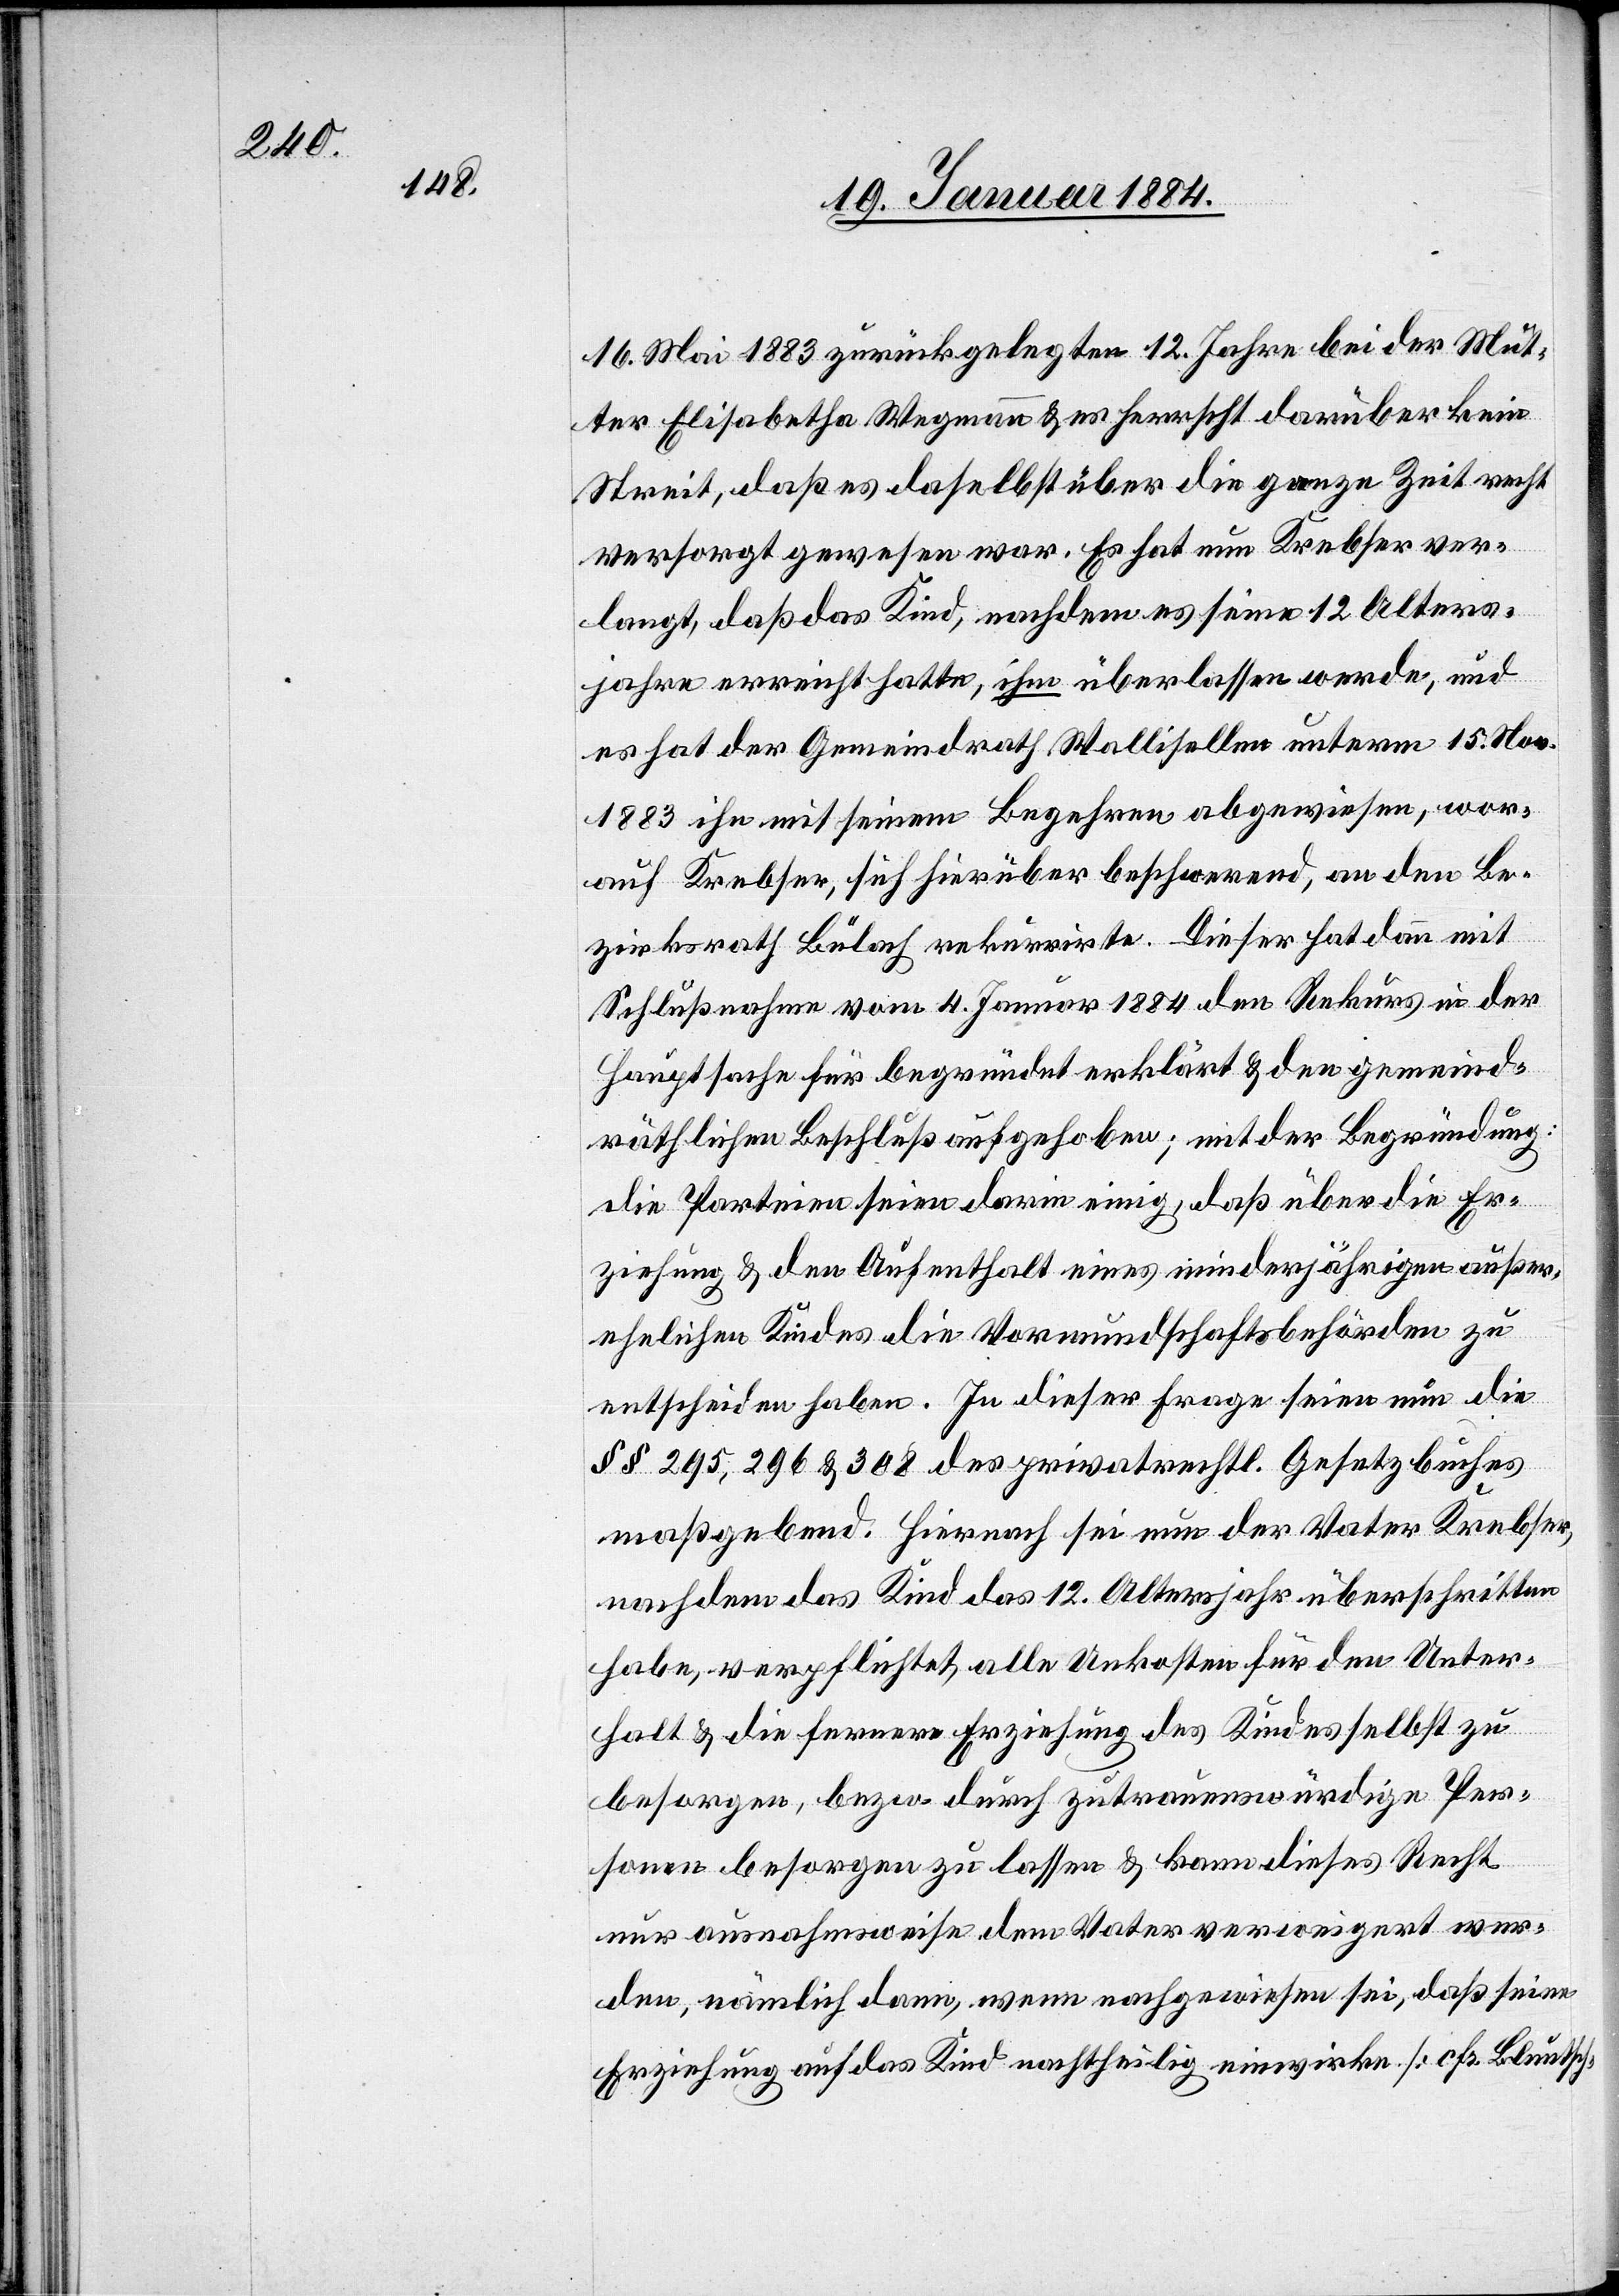
16. Mai 1883 zurückgelegten 12. Jahre bei der Mut¬
ter Elisabetha Wegmann & es herrscht darüber kein
Streit, daß es daselbst über die ganze Zeit recht
versorgt gewesen war. Es hat nun Krebser ver¬
langt, daß das Kind, nachdem es seine 12 Alters¬
jahre erreicht hatte, ihm überlassen werde, und
es hat der Gemeindrath Wallisellen unterm 15. Nov.
1883 ihn mit seinem Begehren abgewiesen, wor¬
auf Krebser, sich hierüber beschwerend, an den Be¬
zirksrath Bülach rekurrirte. Dieser hat dann mit
Schlußnahme vom 4. Januar 1884 den Rekurs in der
Hauptsache für begründet erklärt & den gemeind¬
räthlichen Beschluß aufgehoben mit der Begründung:
Die Parteien seien darin einig, daß über die Er¬
ziehung & den Aufenthalt eines minderjährigen außer¬
ehelichen Kindes die Vormundschaftsbehörde zu
entscheiden habe. In dieser Frage seien nun die
§§ 295, 296, & 308 des privatrechtl. Gesetzbuches
maßgebend. Hiernach sei nun der Vater Krebser
nachdem das Kind das 12. Altersjahr überschritten
habe, verpflichtet, alle Unkosten für den Unter¬
halt & die fernere Erziehung des Kindes selbst zu
versorgen, bzw. durch zutrauenswürdige Per¬
sonen versorgen zu lassen & kann dieses Recht
nur ausnahmsweise dem Vater verweigert wer¬
den, nämlich dann, wenn nachgewiesen sei, daß seine
Erziehung auf das Kind nachtheilig einwirke [cfr. Bluntsch-